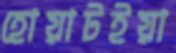
হোয়াটইয়া